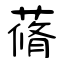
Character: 蓨